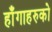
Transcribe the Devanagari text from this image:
हाँगाहरुको